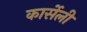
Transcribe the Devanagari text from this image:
कार्सेली